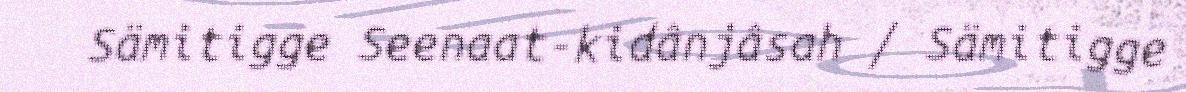
Sämitigge Seenaat-kidânjâsah / Sämitigge